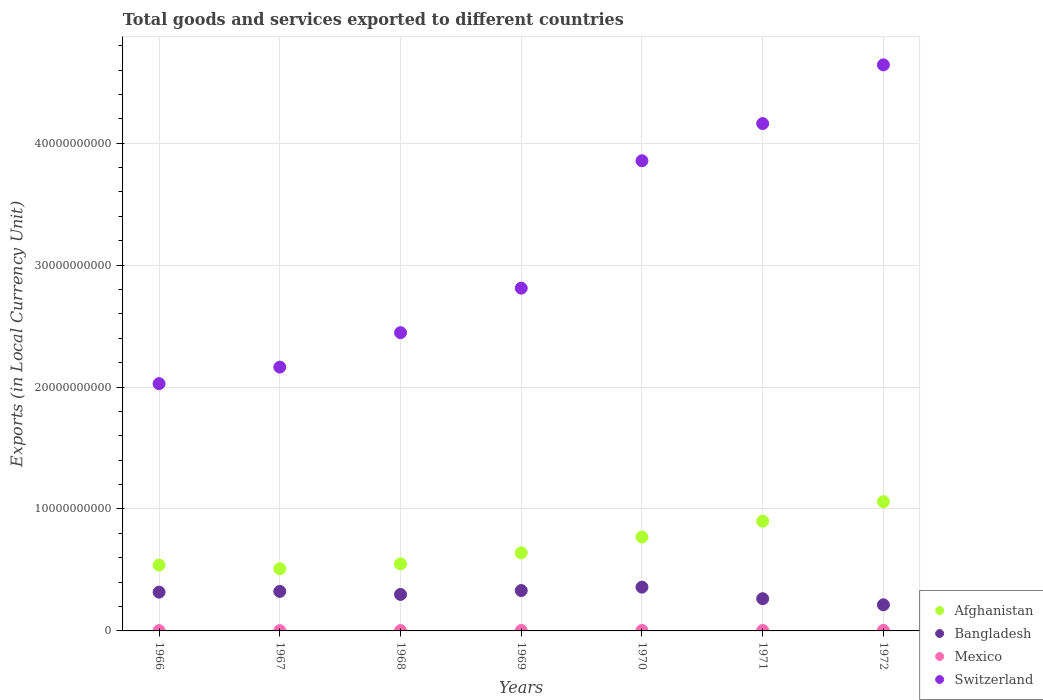
| Years | Afghanistan | Bangladesh | Mexico | Switzerland |
 | --- | --- | --- | --- | --- |
 | 1966 | 5.4e+09 | 3.18e+09 | 2.27e+07 | 2.03e+10 |
 | 1967 | 5.1e+09 | 3.24e+09 | 2.28e+07 | 2.16e+10 |
 | 1968 | 5.5e+09 | 2.99e+09 | 2.58e+07 | 2.45e+10 |
 | 1969 | 6.4e+09 | 3.31e+09 | 3.06e+07 | 2.81e+10 |
 | 1970 | 7.7e+09 | 3.59e+09 | 3.44e+07 | 3.86e+10 |
 | 1971 | 9e+09 | 2.64e+09 | 3.74e+07 | 4.16e+10 |
 | 1972 | 1.06e+10 | 2.14e+09 | 4.55e+07 | 4.64e+10 |